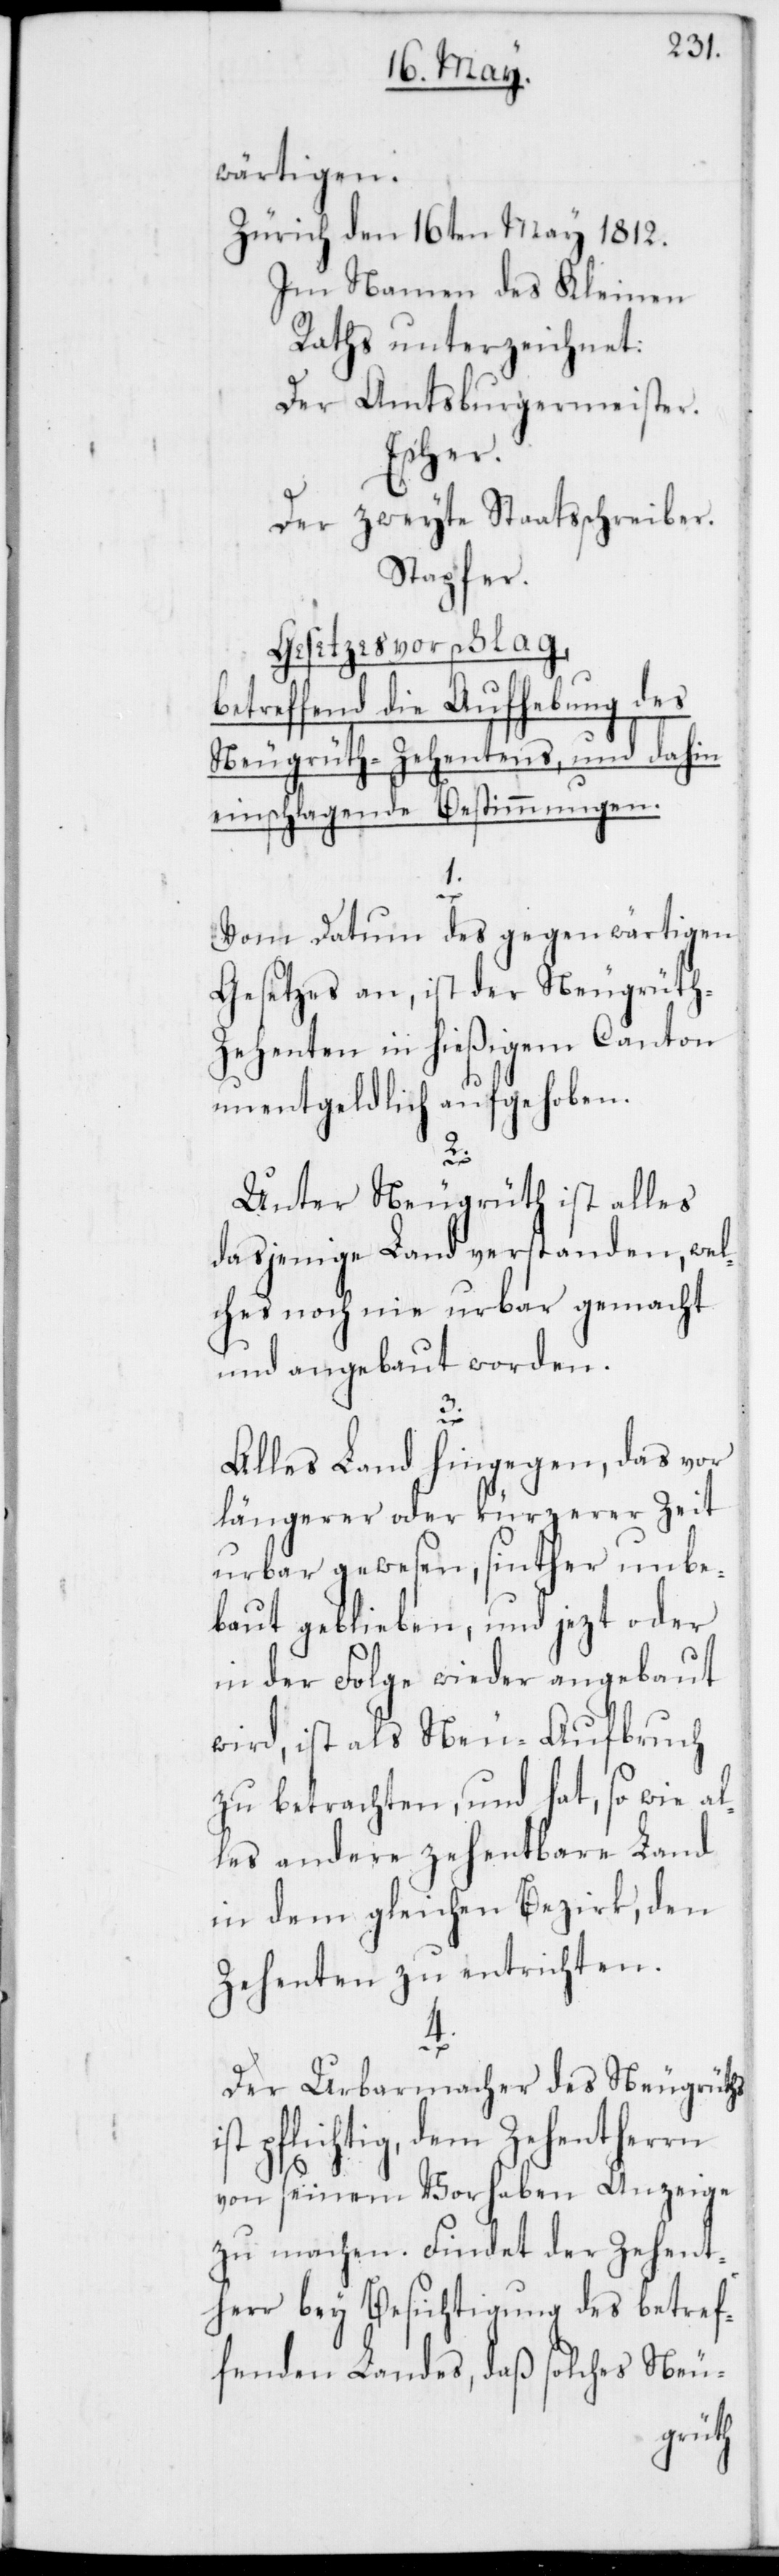
wärtigen.
Zürich, den 16ten May 1812.
Im Namen des Kleinen
Raths unterzeichnet:
Der Amtsburgermeister.
Escher.
Der zweyte Staatsschreiber.
Stapfer.
Gesetzesvorschlag,
betreffend die Aufhebung des
Neugrüth-Zehentens, und dahin
einschlagende Bestimmungen.
Vom Datum des gegenwärtigen
Gesetzes an, ist der Neugrüt-Z¬
ehenten in hießigem Canton
unentgeldlich aufgehoben.
2.
Unter Neugrüth ist alles
daßjenige Land verstanden, wel¬
ches noch nie urbar gemacht
und angebaut worden.
3.
Alles Land hingegen, das vor
längerer oder kürzerer Zeit
urbar gewesen, sinther unbe¬
baut geblieben, und jetzt oder
in der Folge wieder angebaut
wird, ist als Neu-Aufbruch
zu betrachten, und hat, so wie al¬
les andere zehentbare Land
in dem gleichen Bezirk, den
Zehenten zu entrichten.
4.
Der Urbarmacher des Neugrüths
ist pflichtig, dem Zehentherrn
von seinem Vorhaben Anzeige
zu machen. Findet der Zehent¬
herr bey Besichtigung des betref¬
fenden Landes, daß solches Neu-